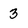
Character: 3